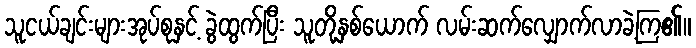
သူငယ်ချင်းများအုပ်စုနှင့် ခွဲထွက်ပြီး သူတို့နှစ်ယောက် လမ်းဆက်လျှောက်လာခဲ့ကြ၏။